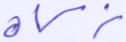
زكاة